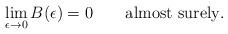
LaTeX: \begin{align*}\lim_{\epsilon\to0}B(\epsilon)=0\qquad\mbox{almost surely}.\end{align*}